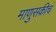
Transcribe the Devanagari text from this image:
माणुसकीचं